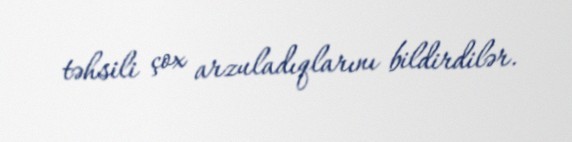
təhsili çox arzuladıqlarını bildirdilər.